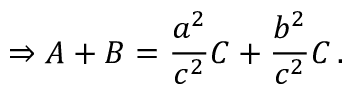
\Rightarrow A + B = { \frac { a ^ { 2 } } { c ^ { 2 } } } C + { \frac { b ^ { 2 } } { c ^ { 2 } } } C \, .